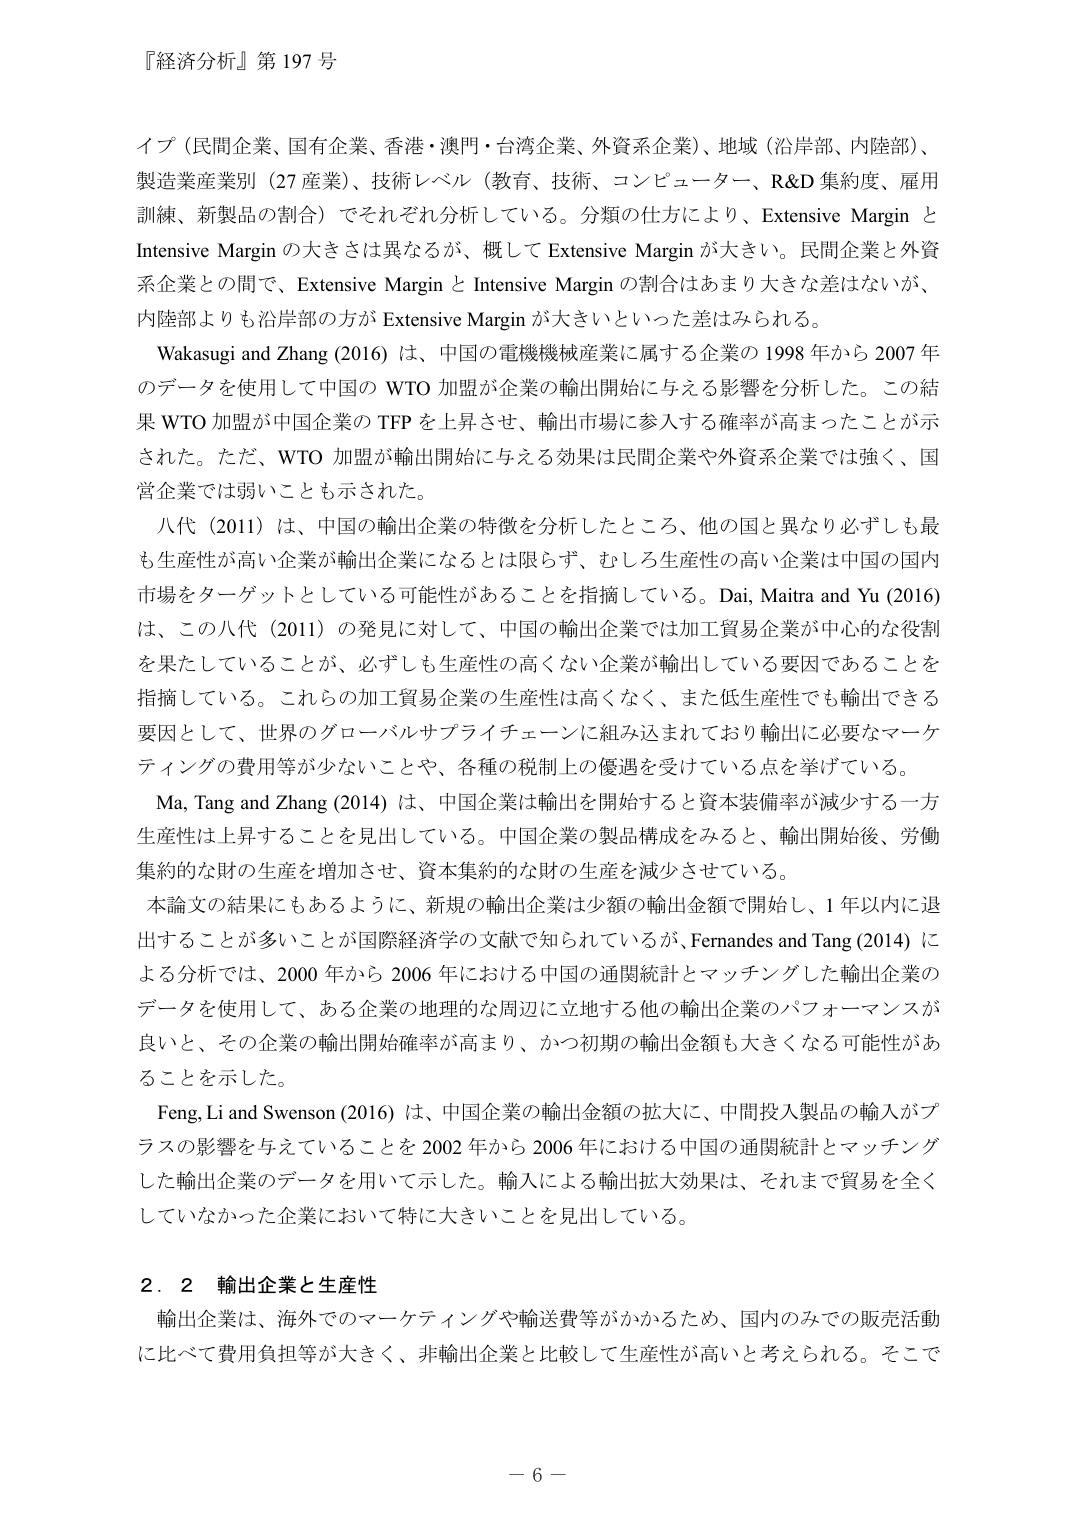
『経済分析』第 197 号

イブ（民間企業、国有企業、香港・澳門・台湾企業、外資系企業）、地域（沿岸部、内陸部）、
製造業産業別（27 産業）、技術レベル（教育、技術、コンピューター、R&D 集約度、雇用
訓練、新製品の割合）でそれぞれ分析している。分類の仕方により、Extensive Margin と
Intensive Margin の大きさは異なるが、概して Extensive Margin が大きい。民間企業と外資
系企業との間で、Extensive Margin と Intensive Margin の割合はあまり大きな差はないが、
内陸部よりも沿岸部の方が Extensive Margin が大きいといった差がみられる。

Wakasugi and Zhang (2016) は、中国の電機機械産業に属する企業の 1998 年から 2007 年
のデータを使用して中国の WTO 加盟が企業の輸出開始に与える影響を分析した。この結
果 WTO 加盟が中国企業の TFP を上昇させ、輸出市場に参入する確率が高まったことが示
された。ただ、WTO 加盟が輸出開始に与える効果は民間企業や外資系企業では強く、国
営企業では弱いことも示された。

八代（2011）は、中国の輸出企業の特徴を分析したところ、他の国と異なり必ずしも最
も生産性が高い企業が輸出企業になるとは限らず、むしろ生産性の高い企業は中国の国内
市場をターゲットとしている可能性があることを指摘している。Dai, Maitra and Yu (2016)
は、この八代（2011）の発見に対して、中国の輸出企業では加工貿易企業が中心的な役割
を果たしていることが、必ずしも生産性の高くない企業が輸出している要因であることを
指摘している。これらの加工貿易企業の生産性は高くなく、また低生産性でも輸出できる
要因として、世界のグローバルサプライチェーンに組み込まれており輸出に必要なマーケ
ティングの費用等が少ないことや、各種の税制上の優遇を受けている点を挙げている。

Ma, Tang and Zhang (2014) は、中国企業は輸出を開始すると資本装備率が減少する一方
生産性は上昇することを見出している。中国企業の製品構成をみると、輸出開始後、労働
集約的な財の生産を増加させ、資本集約的な財の生産を減少させている。

本論文の結果にもあるように、新規の輸出企業は少額の輸出金額で開始し、1 年以内に退
出することが多いことが国際経済学の文献で知られているが、Fernandes and Tang (2014) に
よる分析では、2000 年から 2006 年における中国の通関統計とマッチングした輸出企業の
データを使用して、ある企業の地理的な周辺に立地する他の輸出企業のパフォーマンスが
良いと、その企業の輸出開始確率が高まり、かつ初期の輸出金額も大きくなる可能性があ
ることを示した。

Feng, Li and Swenson (2016) は、中国企業の輸出金額の拡大に、中間投入製品の輸入がプ
ラスの影響を与えていることを 2002 年から 2006 年における中国の通関統計とマッチング
した輸出企業のデータを用いて示した。輸入による輸出拡大効果は、それまで貿易を全く
していなかった企業において特に大きいことを見出している。

２．２ 輸出企業と生産性
輸出企業は、海外でのマーケティングや輸送費等がかかるため、国内のみでの販売活動
に比べて費用負担等が大きく、非輸出企業と比較して生産性が高いと考えられる。そこで

－ 6 －